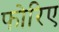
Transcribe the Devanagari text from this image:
फोरिए